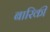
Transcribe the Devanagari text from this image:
बारिकी